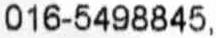
016-5498845,